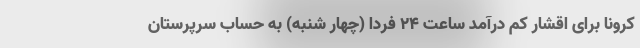
کرونا برای اقشار کم درآمد ساعت ۲۴ فردا (چهار شنبه) به حساب سرپرستان